Annual report of the Civil Veterinary Department, Bengal, for the year 1897-98 - 1897-1898
Year: 1897
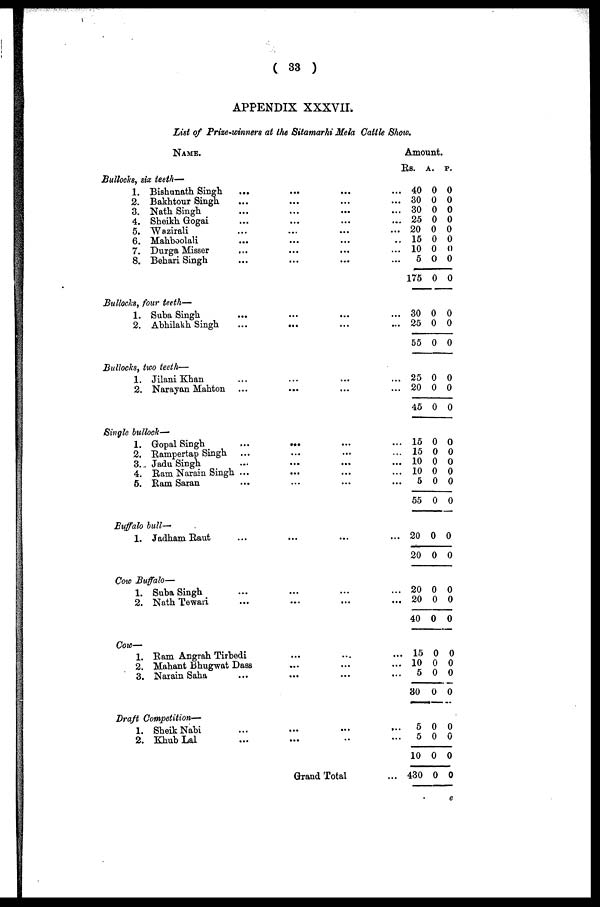
( 33 )
APPENDIX XXXVII.
List of Prize-winners at the Sitamarhi Mela Cattle Show.
NAME.
Bullocks, six teeth—
1. Bishunath Singh
2. Bakhtour Singh
3. Nath Singh
4. Sheikh Gogai
5. Wazirali
6. Mahboolali
7. Durga Misser
8. Behari Singh
Bullocks, four teeth—
1. Suba Singh
2. Abhilakh Singh
Bullocks, two teeth—
1. Jilani Khan
2. Narayan Mahton
Single bullock—
1. Gopal Singh
2. Rampertap Singh
3. Jadu Singh
4. Ram Narain Singh
5. Bam Saran
Buffalo bull-
1. Jadham Raut
Cow Buffalo—
1. Suba Singh
2. Nath Tewari
Cow—
...
...
...
...
...
...
...
...
...
...
...
...
...
...
...
...
...
...
...
...
1. Ram Angrah Tirbedi
2. Mahant Bhugwat Dass
3. Narain Saha
Draft Competition—
1. Sheik Nabi
2. Khub Lal
...
...
...
...
...
...
...
...
...
...
...
...
...
...
...
...
...
...
...
...
...
...
...
...
...
...
...
...
...
...
...
...
...
...
...
...
...
...
...
...
...
...
...
...
...
...
...
...
...
...
...
..
Grand Total
...
...
...
...
...
..
...
...
...
...
...
...
...
...
...
...
...
...
...
...
...
...
...
...
...
...
Amount.
Rs. A. P.
40 0 0
30 0 0
30 0 0
25 0 0
20 0 0
15 0 0
10 0 0
5 0 0
175 0 0
30 0 0
25 0 0
55 0 0
25 0 0
20 0 0
45 0 0
15 0 0
15 0 0
10 0 0
10 0 0
5 0 0
55 0 0
20 0 0
20 0 0
20 0 0
20 0 0
40 0 0
15 0 0
10 0 0
5 0 0
80 0 0
5 0 0
5 0 0
10 0 0
430 0 0
e